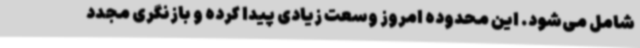
شامل می‌شود. این محدوده امروز وسعت زیادی پیدا کرده و بازنگری مجدد